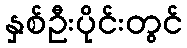
နှစ်ဦးပိုင်းတွင်